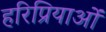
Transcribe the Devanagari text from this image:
हरिप्रियाओं